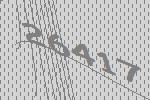
26417